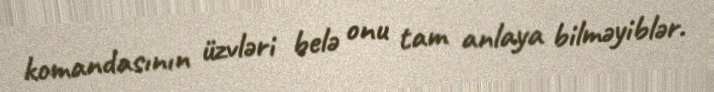
komandasının üzvləri belə onu tam anlaya bilməyiblər.